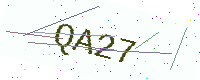
Text: QA27